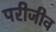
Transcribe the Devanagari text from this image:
परीजीव